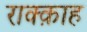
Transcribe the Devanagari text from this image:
राक्क़ाह